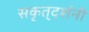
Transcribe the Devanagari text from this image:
सकृत्‌दर्शनी